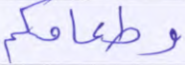
وطعامكم